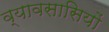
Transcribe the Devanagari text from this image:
व्यावसासियों